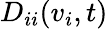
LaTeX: D_{ii}(v_{i},t)